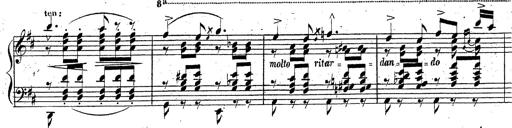
Title: Grande fantaisie sur la tyrolienne de l'opÃ©ra
Composer: Franz Liszt
Key: A major